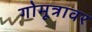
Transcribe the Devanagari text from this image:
गोमूत्रावर